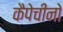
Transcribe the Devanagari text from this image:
कैपेचीनो